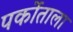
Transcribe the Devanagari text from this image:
पर्कोताला